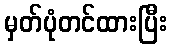
မှတ်ပုံတင်ထားပြီး